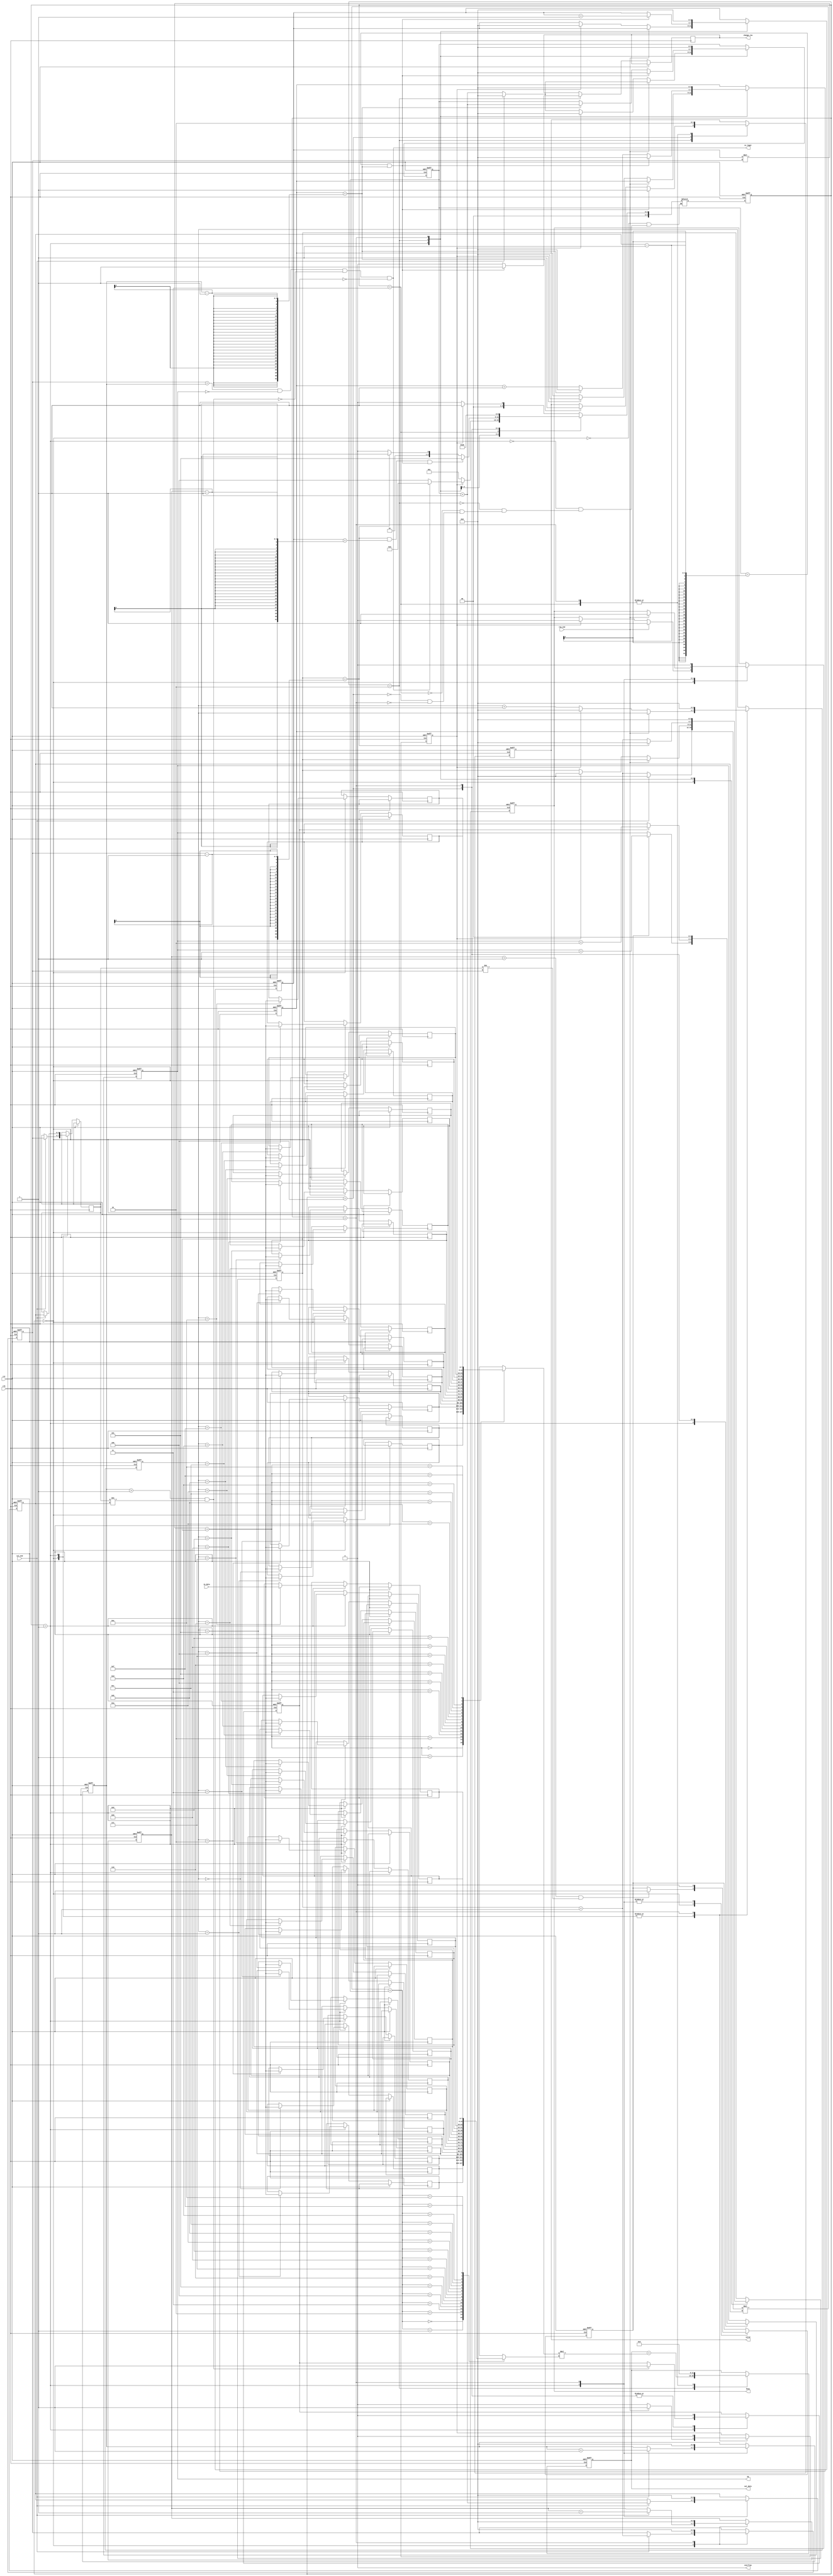
`timescale 1ns/10ps
module MM( in_data, col_end, row_end, ep,is_legal, out_data, rst, clk , change_row,valid,busy,overflow);
input           clk;
input           rst;
input           col_end;
input           row_end;
input      [7:0]     in_data;
output reg signed [11:0]   out_data;
output wire overflow;
output reg [1:0] ep;
output wire is_legal;
output reg change_row,valid,busy;
reg signed [7:0] mx1[15:0],mx2[15:0];
reg [3:0] mx1_row,mx2_row,mx1_col,mx2_col,cnt,mx1_col_cnt,mx1_row_cnt,mx2_col_cnt,mx2_row_cnt;
reg [3:0] last_col;
reg [4:0] cur,nxt;
reg to_next,mx1_error_flag,mx2_error_flag; //next state flag,...,...
integer i;
assign is_legal = (mx1_col == mx2_row  && ep == 0  && (!(mx2_row > 1 && last_col != mx2_col))&& !mx2_error_flag); //rule, legal, mx2_last_col, flag
wire signed [15:0] temp_sum = mx1[mx1_row_cnt * mx1_col + mx1_col_cnt] * mx2[mx2_row_cnt * mx2_col + mx2_col_cnt];
assign overflow = 1'b0;
parameter 
load_mx1 = 0,
load_mx2 = 1,
calculate = 2,
hold = 3,
not_legal = 4,
finish = 5;

always @(*) begin
    case(cur)
        load_mx1:nxt = (to_next)?load_mx2:load_mx1;
        load_mx2:nxt = (to_next)?(is_legal)?calculate:not_legal:load_mx2;
        calculate:nxt = ((mx1_col_cnt == mx1_col-1 && mx1_row_cnt == mx1_row-1) &&(mx2_col_cnt == mx2_col-1 && mx2_row_cnt == mx2_row-1))?finish:(mx1_col_cnt == mx1_col - 1)?hold:calculate;
        hold:nxt = calculate;
        not_legal:nxt = finish;
        finish:nxt = load_mx1;
    endcase
end
always @(posedge clk or posedge rst) begin
    if(rst)begin
        cur <= load_mx1;
        mx1_row <= 0;
        mx2_row <= 0;
        mx1_col <= 0;
        mx2_col <= 0;
        cnt <= 0;
        mx1_row_cnt <= 0;
        mx1_col_cnt <= 0;
        mx2_row_cnt <= 0;
        mx2_col_cnt <= 0;
        out_data <= 0;
        valid <= 0;
        busy <= 0;
		to_next <= 0;
		mx1_error_flag <= 0;
		mx2_error_flag <= 0;
		ep <= 0;
    end
    else begin
        cur <= nxt;
        case (cur)
            load_mx1:begin
                mx1[cnt] <= in_data;
                if(mx1_row > 1 && last_col != mx1_col)mx1_error_flag <= 1;
                if(col_end)begin
                    mx1_col <= mx1_col_cnt + 1;
                    last_col <= mx1_col; //check every column
                    mx1_row <= mx1_row + 1;
                    mx1_col_cnt <= 0;
                end
                else mx1_col_cnt <= mx1_col_cnt + 1;
                if(row_end)begin
                    to_next <= 1;
                    busy <= 1;
                end
                else begin
                    if(to_next)begin //check last column
                        cnt <= 0;
                        to_next <= 0;
                        busy <= 0;
                    end
                    else cnt <= cnt + 1;
                end
            end
            load_mx2:begin
                if(mx1_error_flag)ep <= ep + 1;
                mx1_error_flag <= 0;
                mx2[cnt] <= in_data;
                if(mx2_row > 1 && last_col != mx2_col)mx2_error_flag <= 1;
                if(col_end)begin
                    mx2_col <= mx2_col_cnt + 1;
                    last_col <= mx2_col;
                    mx2_row <= mx2_row + 1;
                    mx2_col_cnt <= 0;
                end
                else mx2_col_cnt <= mx2_col_cnt + 1;

                if(row_end)begin
                    to_next <= 1;
                    busy <= 1;
                end
                else begin
                    if(to_next)begin
                        cnt <= 0;
                        to_next <= 0;
                        mx1_col_cnt <= 0;
                        mx2_col_cnt <= 0;
                        mx1_row_cnt <= 0;
                        mx2_row_cnt <= 0;
                    end
                    else cnt <= cnt + 1;
                end
            end 
            calculate:begin
                out_data <= out_data + temp_sum;
                if(mx2_col_cnt == mx2_col-1 && mx2_row_cnt == mx2_row-1)change_row <= 1;
                else change_row <= 0;

                if(mx2_row_cnt == mx2_row -1 && mx2_col_cnt == mx2_col -1)begin
                    mx2_row_cnt <= 0;
                    mx2_col_cnt <= 0;
                    mx1_row_cnt <= mx1_row_cnt + 1;
                    valid = 1;
                end
                else if(mx2_row_cnt == mx2_row -1)begin
                    mx2_col_cnt <= mx2_col_cnt + 1;
                    mx2_row_cnt <= 0;
                    valid = 1;
                end
                else begin
                    mx2_row_cnt <= mx2_row_cnt + 1;
                end

                if(mx1_col_cnt == mx1_col -1)begin
                    mx1_col_cnt <= 0;
                end
                else mx1_col_cnt <= mx1_col_cnt + 1;
            end
            hold:begin
                out_data <= 0;
                valid <= 0;
            end
            not_legal:begin
                if(mx2_error_flag)ep <= ep + 2;
                mx2_error_flag <= 0;
                valid <= 1;
            end
            finish:begin
                valid <= 0;
                mx1_row <= 0;
                mx2_row <= 0;
                mx1_col <= 0;
                mx2_col <= 0;
                cnt <= 0;
                mx1_row_cnt <= 0;
                mx1_col_cnt <= 0;
                mx2_row_cnt <= 0;
                mx2_col_cnt <= 0;
                out_data <= 0;
                busy <= 0;
                to_next <= 0;
                mx1_error_flag <= 0;
                mx2_error_flag <= 0;
                ep <= 0;
            end
        endcase
    end
end
endmodule